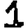
Digit: 1